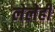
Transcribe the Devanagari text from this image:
लेलेही